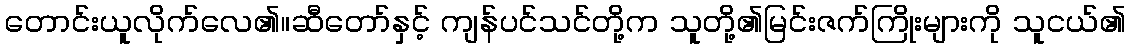
တောင်းယူလိုက်လေ၏။ဆီတော်နှင့် ကျန်ပင်သင်တို့က သူတို့၏မြင်းဇက်ကြိုးများကို သူငယ်၏